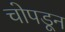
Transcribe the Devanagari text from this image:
चोपडून